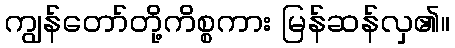
ကျွန်တော်တို့ကိစ္စကား မြန်ဆန်လှ၏။